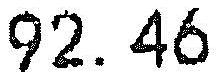
92.46